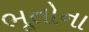
ભૂતોના